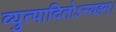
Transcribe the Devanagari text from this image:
व्युत्पादितोऽस्यहम्‌।